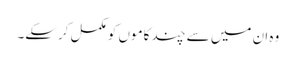
وہ ان میں سے چند کاموں کو مکمل کرسکے۔